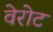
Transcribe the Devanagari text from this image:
वेरोट